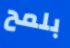
بلمح